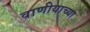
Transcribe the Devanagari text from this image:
वाणीयाच्या